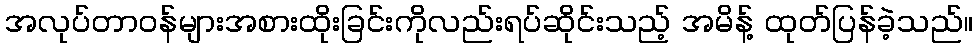
အလုပ်တာဝန်များအစားထိုးခြင်းကိုလည်းရပ်ဆိုင်းသည့် အမိန့် ထုတ်ပြန်ခဲ့သည်။